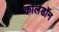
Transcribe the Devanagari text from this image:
कोलेडॉन